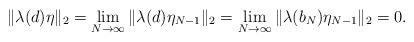
LaTeX: \begin{align*}\|\lambda(d)\eta\|_2=\lim_{N\to\infty}\|\lambda(d)\eta_{N-1}\|_2=\lim_{N\to\infty}\|\lambda(b_N)\eta_{N-1}\|_2=0.\end{align*}